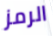
الرمز